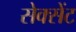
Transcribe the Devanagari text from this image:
सेक्सेंट